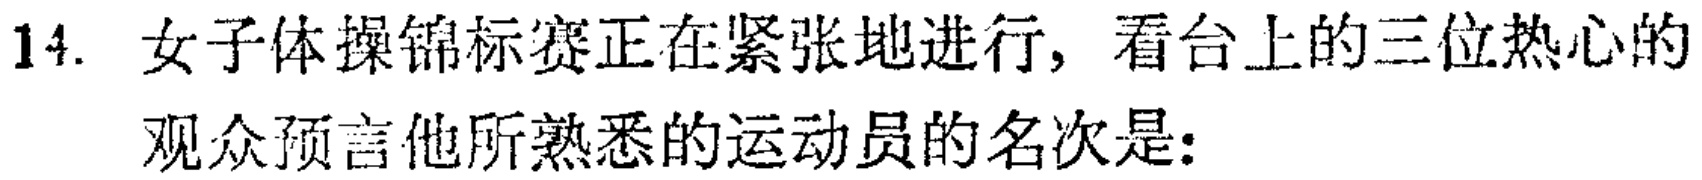
14. 女子体操锦标赛正在紧张地进行, 看台上的三位热心的观众预言他所熟悉的运动员的名次是: